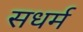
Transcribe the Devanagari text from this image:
सधर्म